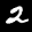
Label: 2